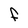
Character: F